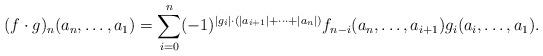
LaTeX: \begin{align*}(f\cdot g)_n(a_n,\dots,a_1)=\sum\limits_{i=0}^n (-1)^{|g_i|\cdot (|a_{i+1}|+\dots+|a_n|)} f_{n-i}(a_n,\dots,a_{i+1})g_i(a_i,\dots,a_1).\end{align*}